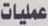
عمليات